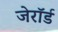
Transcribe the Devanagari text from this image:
जेरॉर्ड